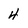
Character: 4